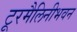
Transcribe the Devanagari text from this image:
टूरमैलिनीभवन